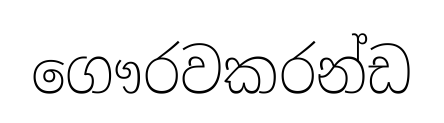
ගෞරවකරන්ඩ